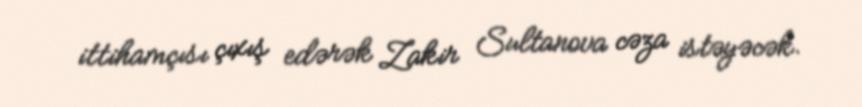
ittihamçısı çıxış edərək Zakir Sultanova cəza istəyəcək.